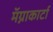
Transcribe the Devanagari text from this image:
मॅग्नाकार्टा